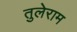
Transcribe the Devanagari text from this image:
तुलेराम